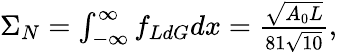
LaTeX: \begin{array}{r}{\Sigma_{N}=\int_{-\infty}^{\infty}f_{LdG}dx=\frac{\sqrt{A_{0}L}}{81\sqrt{10}},}\end{array}